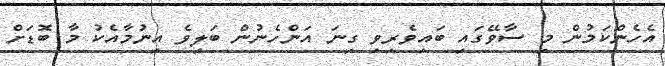
އެހެންކަމުން މި ސާވޭގައި ބައިވެރިވި ގިނަ އަންހެނުން ބަލިވެ އިނުމާއެކު މާ ބޮޑަށް